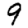
Digit: 9